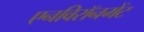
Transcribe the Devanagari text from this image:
एनविरॉनमेंट